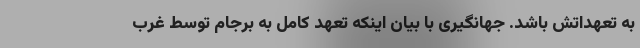
به تعهداتش باشد. جهانگیری با بیان اینکه تعهد کامل به برجام توسط غرب